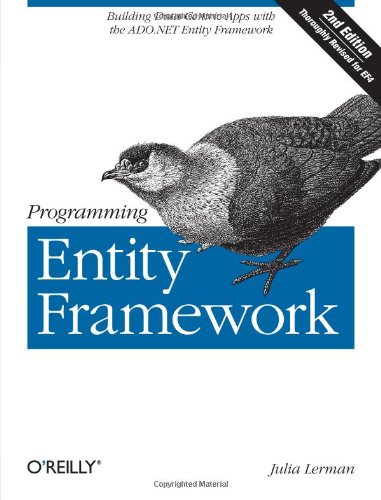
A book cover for Programming Entity Framework: Building Data Centric Apps with the ADO.NET Entity Framework; Julia Lerman; Computers & Technology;